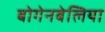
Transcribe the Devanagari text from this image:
बोगेनबेलिया